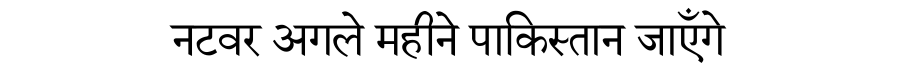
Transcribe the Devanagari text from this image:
नटवर अगले महीने पाकिस्तान जाएँगे